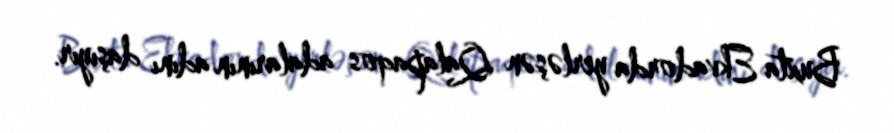
Buxta Ekvadorda yerləşən Qalapaqos adalarının adını daşıyır.